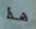
هذا